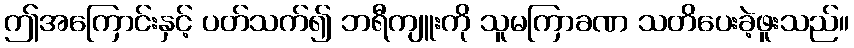
ဤအကြောင်းနှင့် ပတ်သက်၍ ဘရီကျူးကို သူမကြာခဏ သတိပေးခဲ့ဖူးသည်။